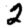
Digit: 2